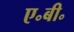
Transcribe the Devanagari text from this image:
ए॰बी॰